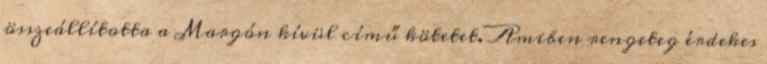
összeállította a Margón kívül című kötetet. Amiben rengeteg érdekes